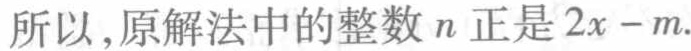
所以,原解法中的整数 \(n\) 正是 \(2x - m\).